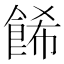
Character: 餙